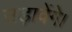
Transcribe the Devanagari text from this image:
उड़ावेंगे।